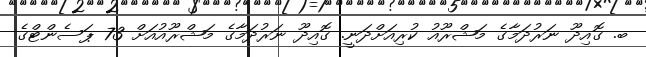
ބ. ގޮއިދޫ ނަރުދަމާގެ މަޝްރޫއު ކުރިއަށްދަނީ. ގޮއިދޫ ނަރުދަމާގެ މަޝްރޫއުއަށް 73 ޕަސެންޓްގެ